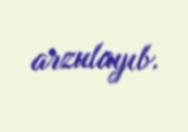
arzulayıb.